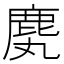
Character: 䴟